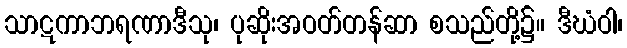
သာဋကာဘရဏာဒီသု၊ ပုဆိုးအဝတ်တန်ဆာ စသည်တို့၌။ ဒီဃံဝါ၊